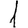
Digit: 1